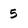
Character: 5